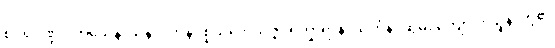
စိဝရပိဏ္ဍပါတသေနာသနဂိလာနပ္ပစ္စယဘေသဇ္ဇပရိက္ခာရာနံ၊ သင်္ကန်း ဆွမ်း ကျောင်း သူနာတို့၏